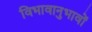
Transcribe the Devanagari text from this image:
विभावानुभावों